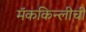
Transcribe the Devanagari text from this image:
मॅककिन्लीची